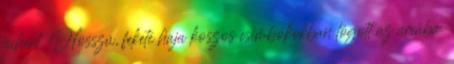
pihent. Hosszú, fekete haja koszos csimbókokban lógott az arcába.